65_HS1-834228961_62-HQ-83894_Serial_164
Agency: FBI
Page 137
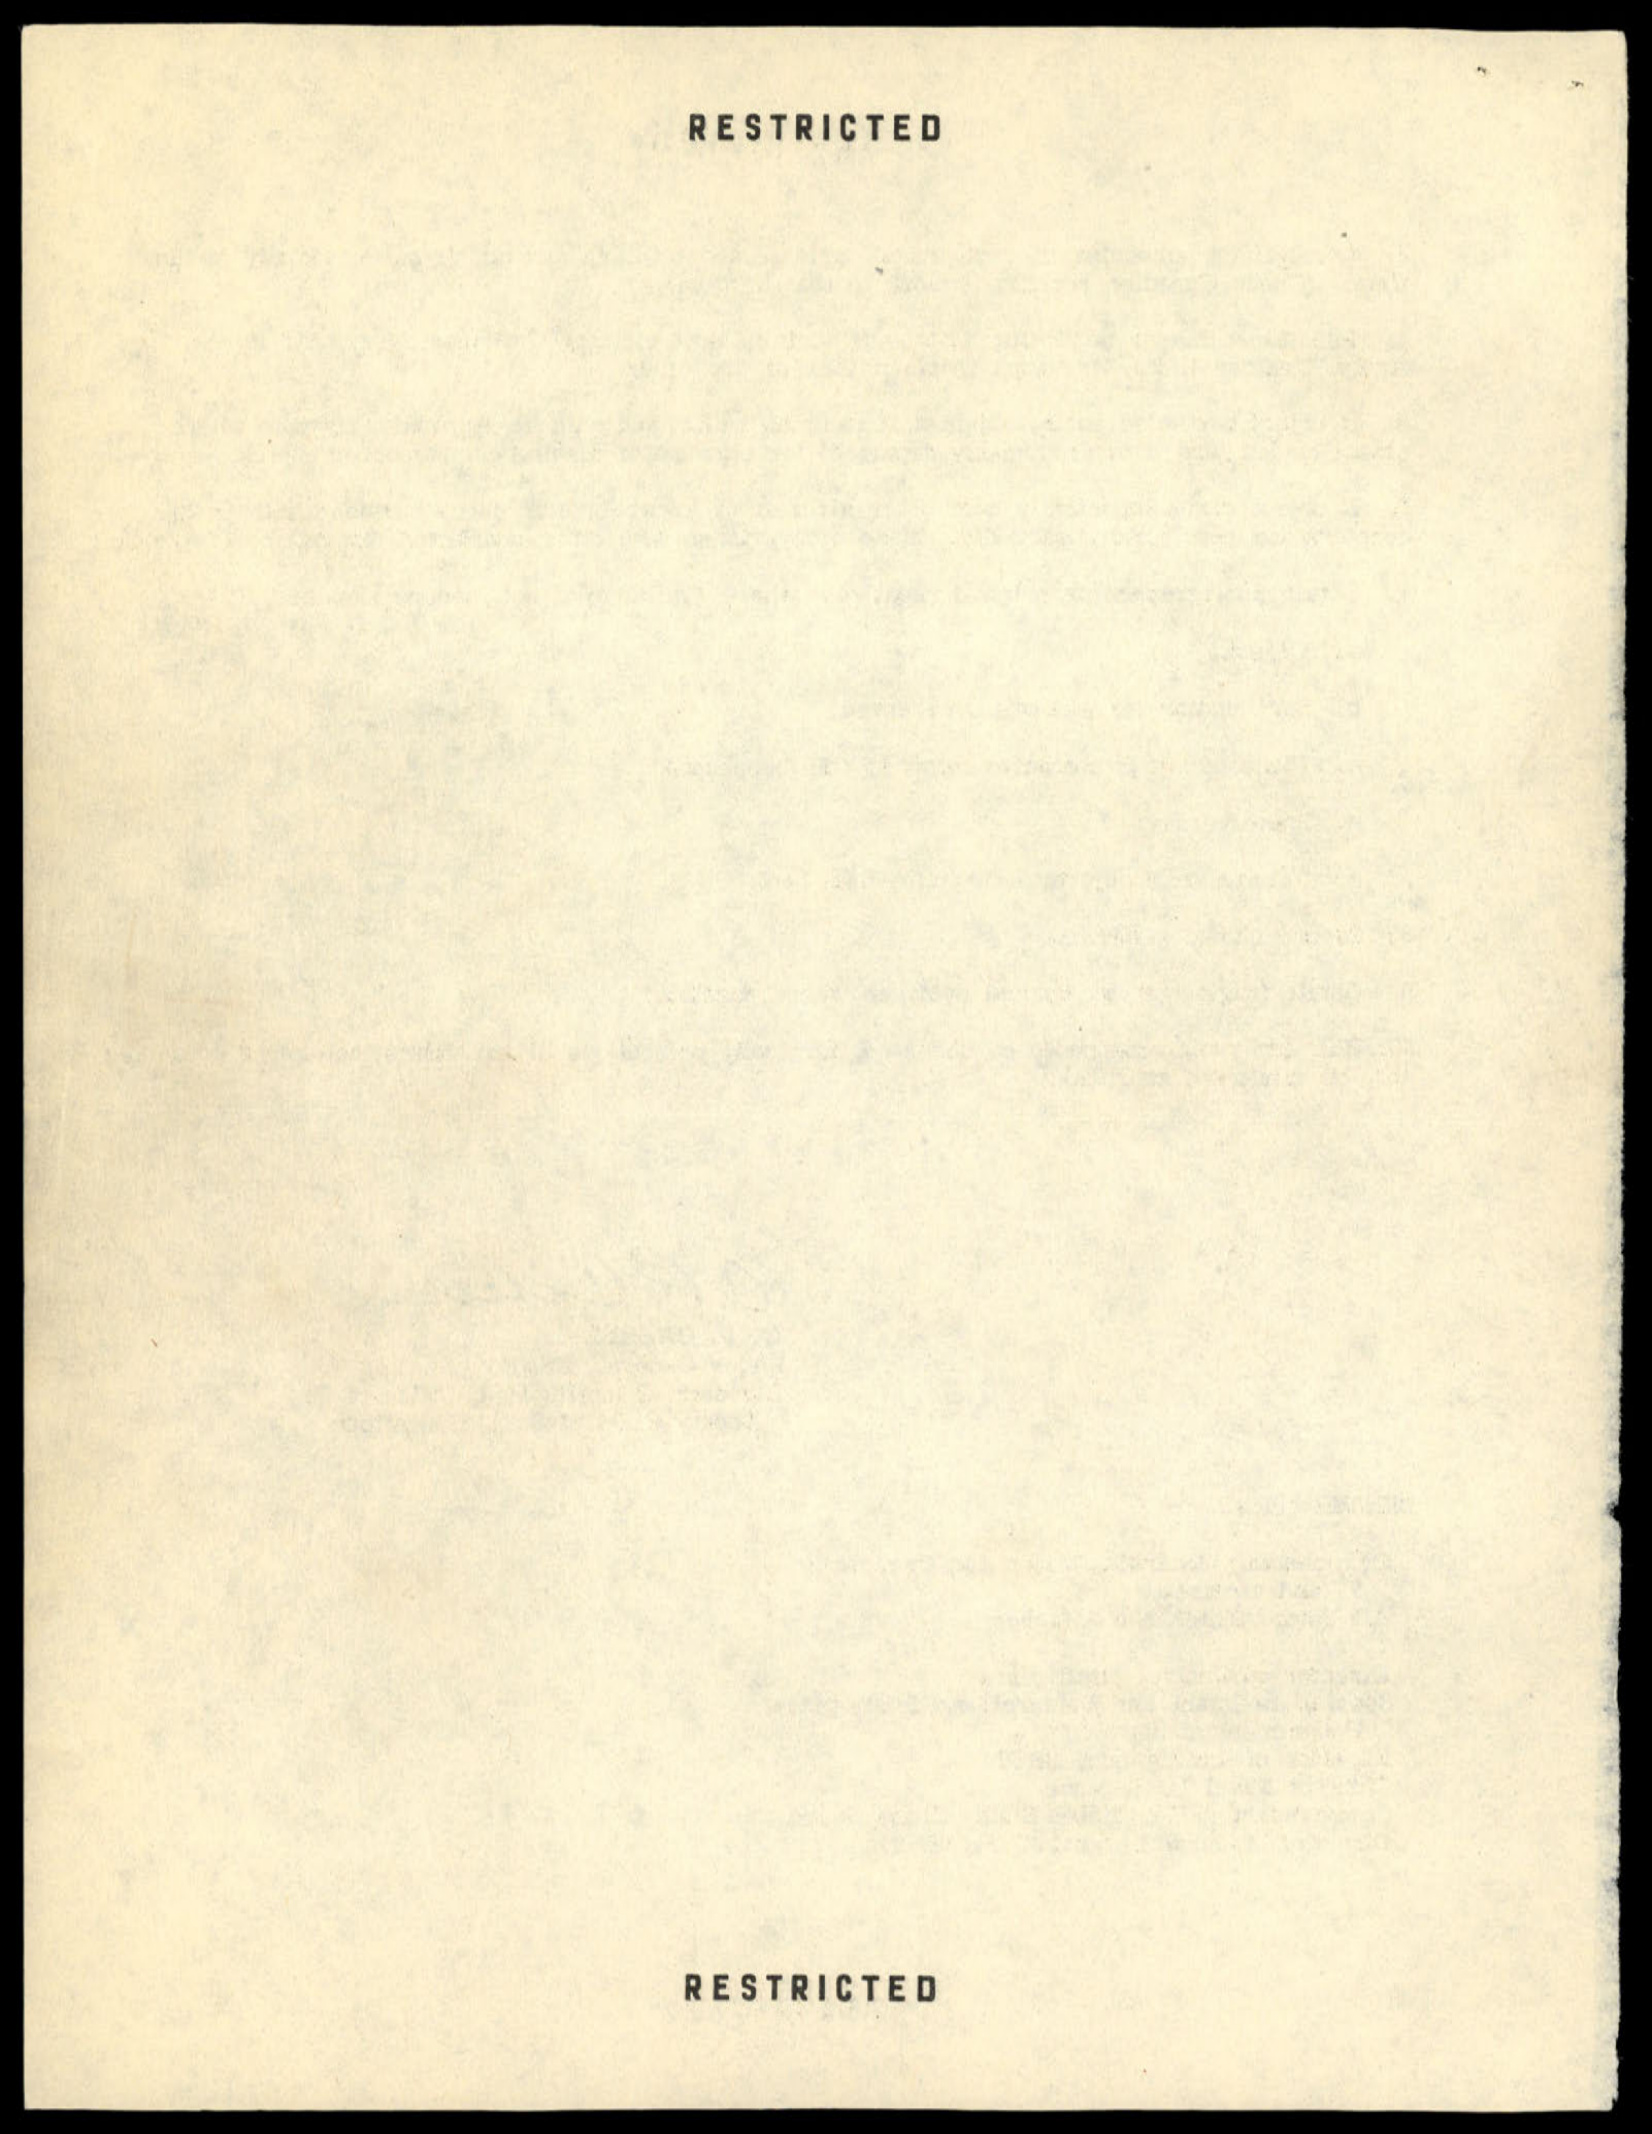